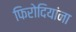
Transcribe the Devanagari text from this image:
फिरोदियांना